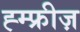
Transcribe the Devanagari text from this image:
ह्म्फ्रीज़